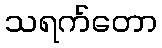
သရက်တော